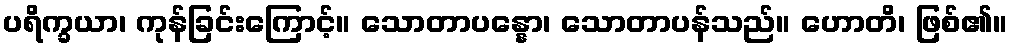
ပရိက္ခယာ၊ ကုန်ခြင်းကြောင့်။ သောတာပန္နော၊ သောတာပန်သည်။ ဟောတိ၊ ဖြစ်၏။